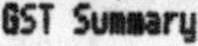
GST SUMMARY